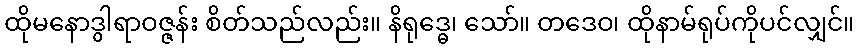
ထိုမနောဒွါရာဝဇ္ဇန်း စိတ်သည်လည်း။ နိရုဒ္ဓေ၊ သော်။ တဒေဝ၊ ထိုနာမ်ရုပ်ကိုပင်လျှင်။